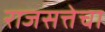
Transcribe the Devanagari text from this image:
राजसत्तेचा